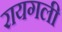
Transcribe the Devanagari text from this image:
रायगली